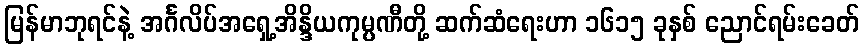
မြန်မာဘုရင်နဲ့ အင်္ဂလိပ်အရှေ့အိန္ဒိယကုမ္ပဏီတို့ ဆက်ဆံရေးဟာ ၁၆၁၅ ခုနှစ် ညောင်ရမ်းခေတ်